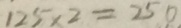
1 2 5 \times 2 = 2 5 0